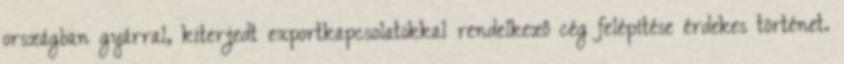
országban gyárral, kiterjedt exportkapcsolatokkal rendelkezô cég felépítése érdekes történet.